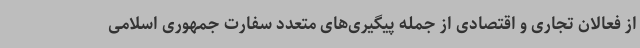
از فعالان تجاری و اقتصادی از جمله پیگیری‌های متعدد سفارت جمهوری اسلامی